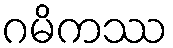
ဂမိကဿ